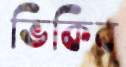
ভিকির